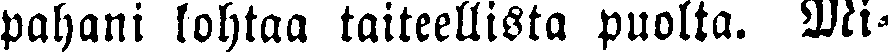
pahani kohtaa taiteellista puolta. Mi-